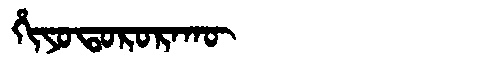
Manchu: ᡥᡳᠶᠣᡨᠣᡵᠣᡵᠠᡴᡡ
Romanization: HIYOTORORAKŪ